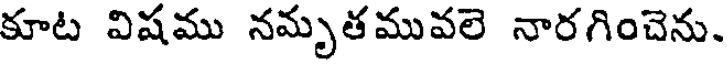
కూట విషము నమృతమువలె నారగించెను.